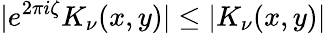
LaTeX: |e^{2\pi i\zeta}K_{\nu}(x,y)|\le|K_{\nu}(x,y)|